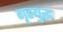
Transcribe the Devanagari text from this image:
गृहयुद्ध